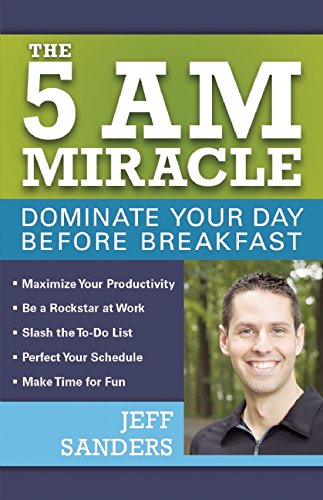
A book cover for The 5 A.M. Miracle: Dominate Your Day Before Breakfast; Jeff Sanders; Self-Help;